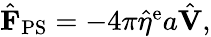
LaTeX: \begin{array}{r}{\hat{\mathbf{F}}_{\mathrm{PS}}=-4\pi\hat{\eta}^{\mathrm{e}}a\hat{\mathbf{V}},}\end{array}